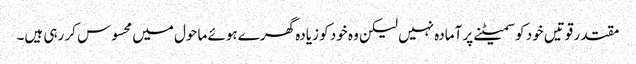
مقتدر قوتیں خود کو سمیٹنے پر آمادہ نہیں لیکن وہ خود کو زیادہ گھرے ہوئے ماحول میں محسوس کر رہی ہیں۔